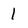
Character: 1